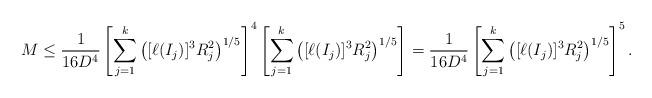
\begin{align*}M\le\frac{1}{16D^4}\left[\sum_{j=1}^k\left([\ell(I_j)]^3R_j^2\right)^{1/5}\right]^{4}\left[\sum_{j=1}^k\left([\ell(I_j)]^3R_j^2\right)^{1/5}\right]=\frac{1}{16D^4}\left[\sum_{j=1}^k\left([\ell(I_j)]^3R_j^2\right)^{1/5}\right]^5.\end{align*}